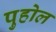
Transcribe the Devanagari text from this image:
पुहोल